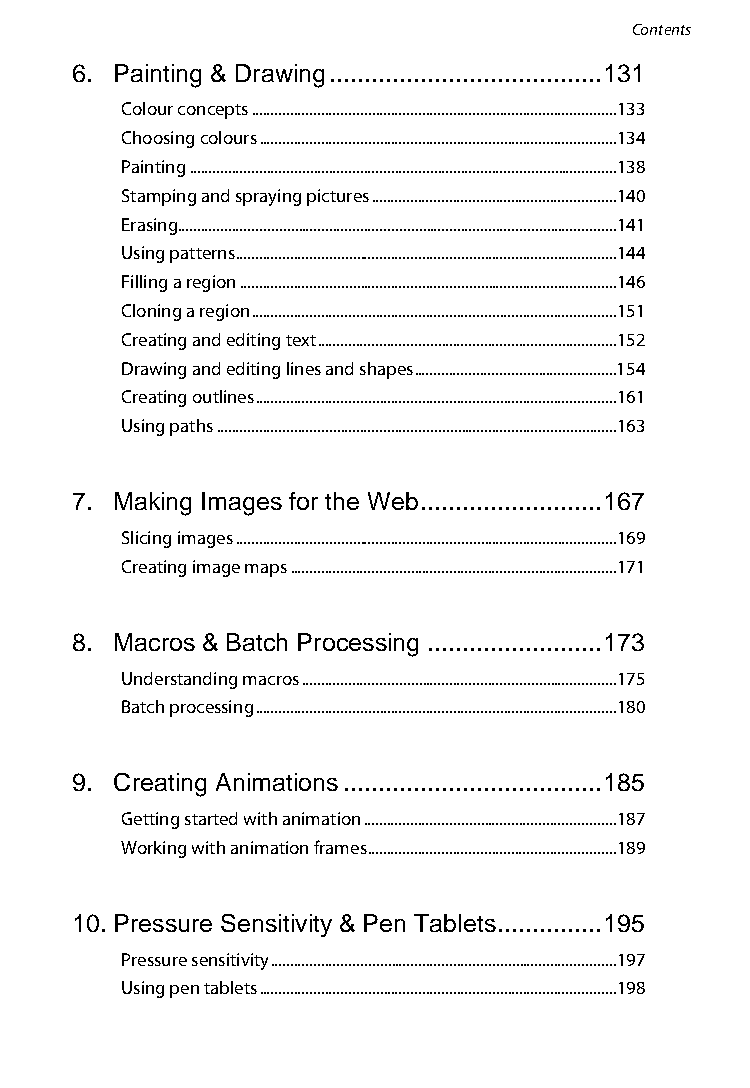
Contents
 6. Painting & Drawing ....................................... 131
 Colour concepts ..............................................................................................133
 Choosing colours ............................................................................................134
 Painting ..............................................................................................................138
 Stamping and spraying pictures ...............................................................140
 Erasing.................................................................................................................141
 Using patterns ..................................................................................................144
 Filling a region .................................................................................................146
 Cloning a region ..............................................................................................151
 Creating and editing text .............................................................................152
 Drawing and editing lines and shapes ....................................................154
 Creating outlines .............................................................................................161
 Using paths .......................................................................................................163
 7. Making Images for the Web .......................... 167
 Slicing images ..................................................................................................169
 Creating image maps ....................................................................................171
 8. Macros & Batch Processing ......................... 173
 Understanding macros .................................................................................175
 Batch processing .............................................................................................180
 9. Creating Animations ..................................... 185
 Getting started with animation .................................................................187
 Working with animation frames ................................................................189
 10. Pressure Sensitivity & Pen Tablets ............... 195
 Pressure sensitivity .........................................................................................197
 Using pen tablets ............................................................................................198